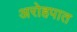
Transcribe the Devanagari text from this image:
अरोहपात